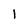
Character: l